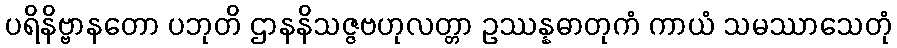
ပရိနိဗ္ဗာနတော ပဘုတိ ဌာနနိသဇ္ဇဗဟုလတ္တာ ဥဿန္နဓာတုကံ ကာယံ သမဿာသေတုံ